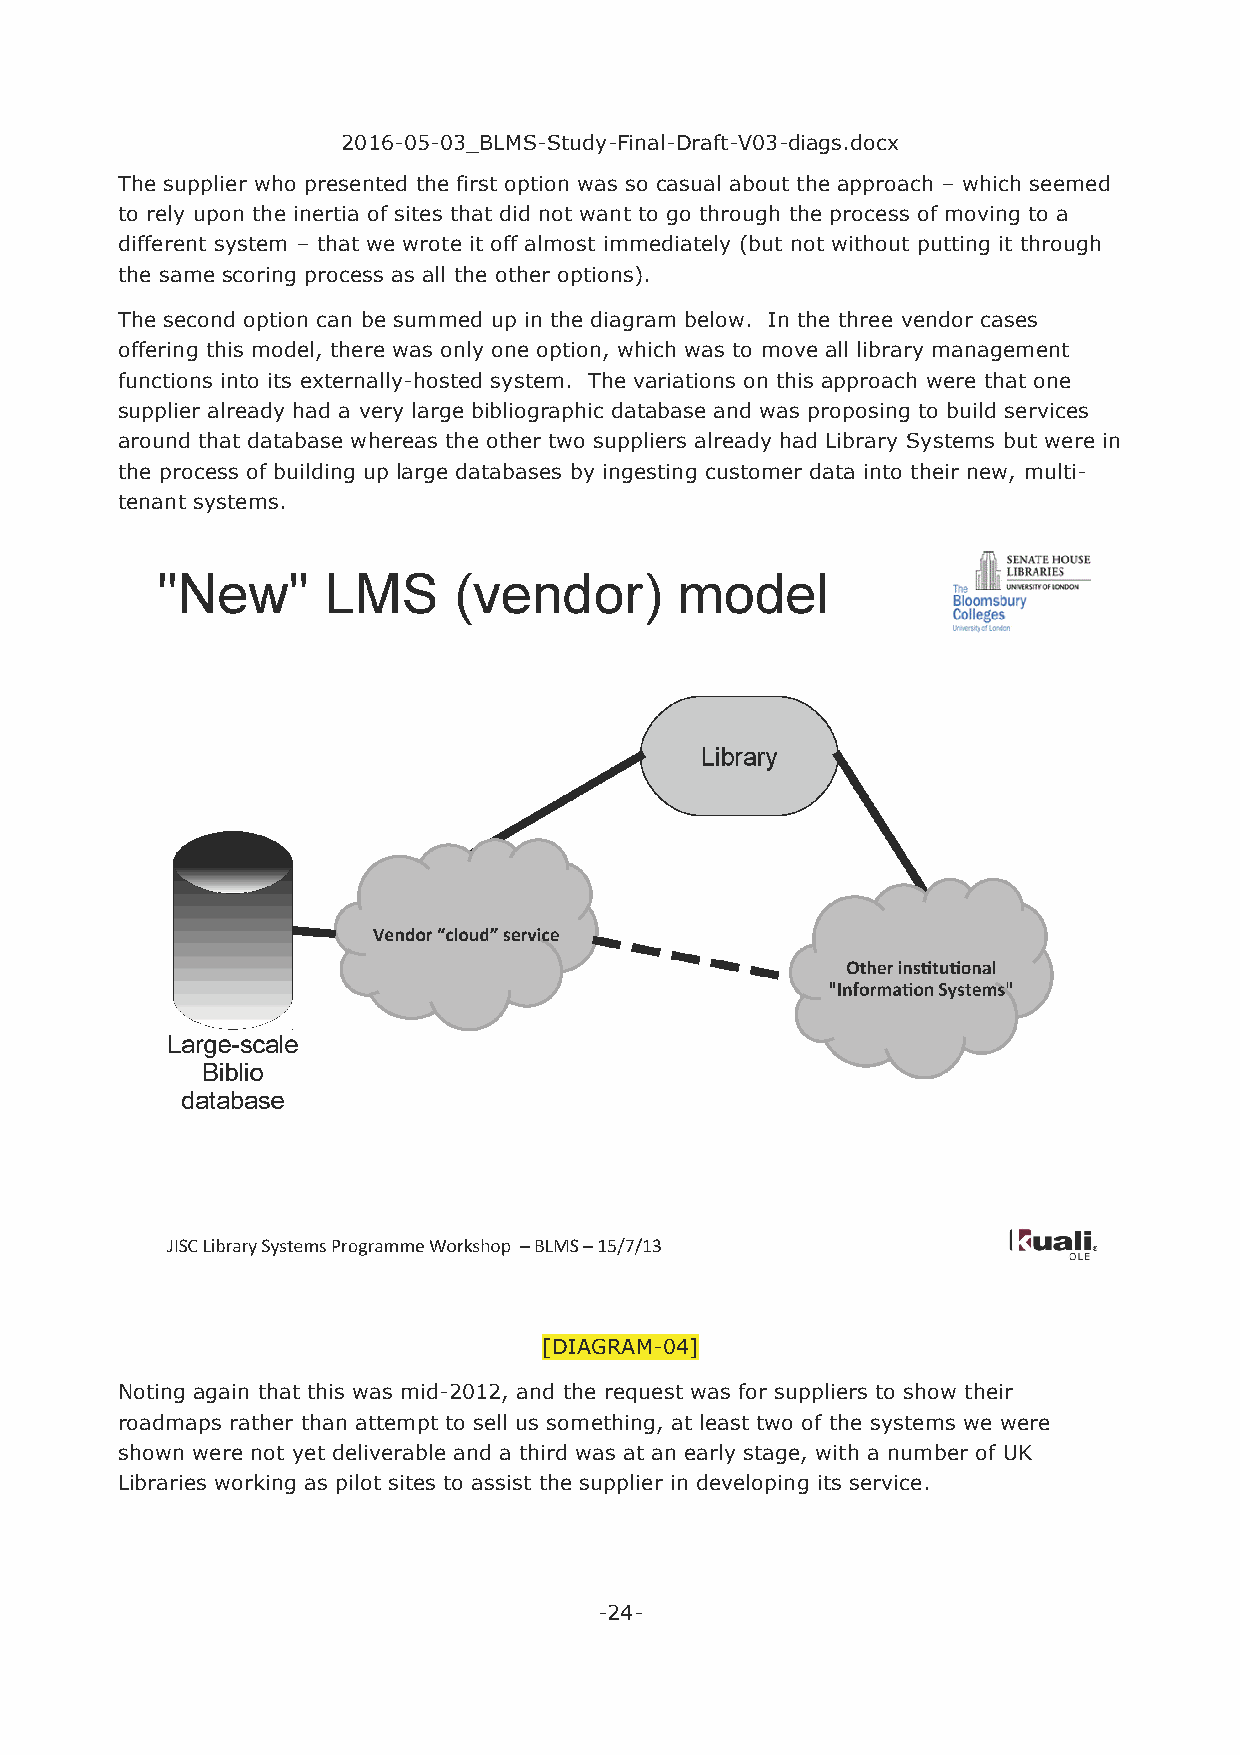
2016-05-03_BLMS-Study-Final-Draft-V03-diags.docx
 The supplier who presented the first option was so casual about the approach – which seemed
 to rely upon the inertia of sites that did not want to go through the process of moving to a
 different system – that we wrote it off almost immediately (but not without putting it through
 the same scoring process as all the other options).
 The second option can be summed up in the diagram below. In the three vendor cases
 offering this model, there was only one option, which was to move all library management
 functions into its externally-hosted system. The variations on this approach were that one
 supplier already had a very large bibliographic database and was proposing to build services
 around that database whereas the other two suppliers already had Library Systems but were in
 the process of building up large databases by ingesting customer data into their new, multi-
 tenant systems.
 [DIAGRAM-04]
 Noting again that this was mid-2012, and the request was for suppliers to show their
 roadmaps rather than attempt to sell us something, at least two of the systems we were
 shown were not yet deliverable and a third was at an early stage, with a number of UK
 Libraries working as pilot sites to assist the supplier in developing its service.
 -24-